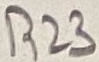
Text: R23